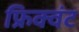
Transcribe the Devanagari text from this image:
फ्रिक्वंट